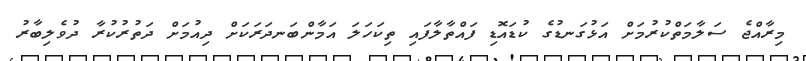
މިރާއްޖެ ސަލާމަތްކުރުމަށް އަޅުގަނޑުގެ ކުޑައޮޑި ފައްތާލާފައި ތިކަހަލަ އަމާންބަނދަރަކަށް ދިއުމަށް ދަތުރުކުރާ ދުވެލިބާރު